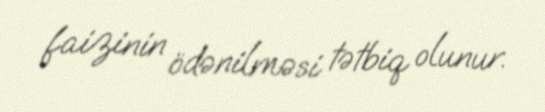
faizinin ödənilməsi tətbiq olunur.